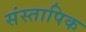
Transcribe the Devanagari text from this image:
संस्तापिक